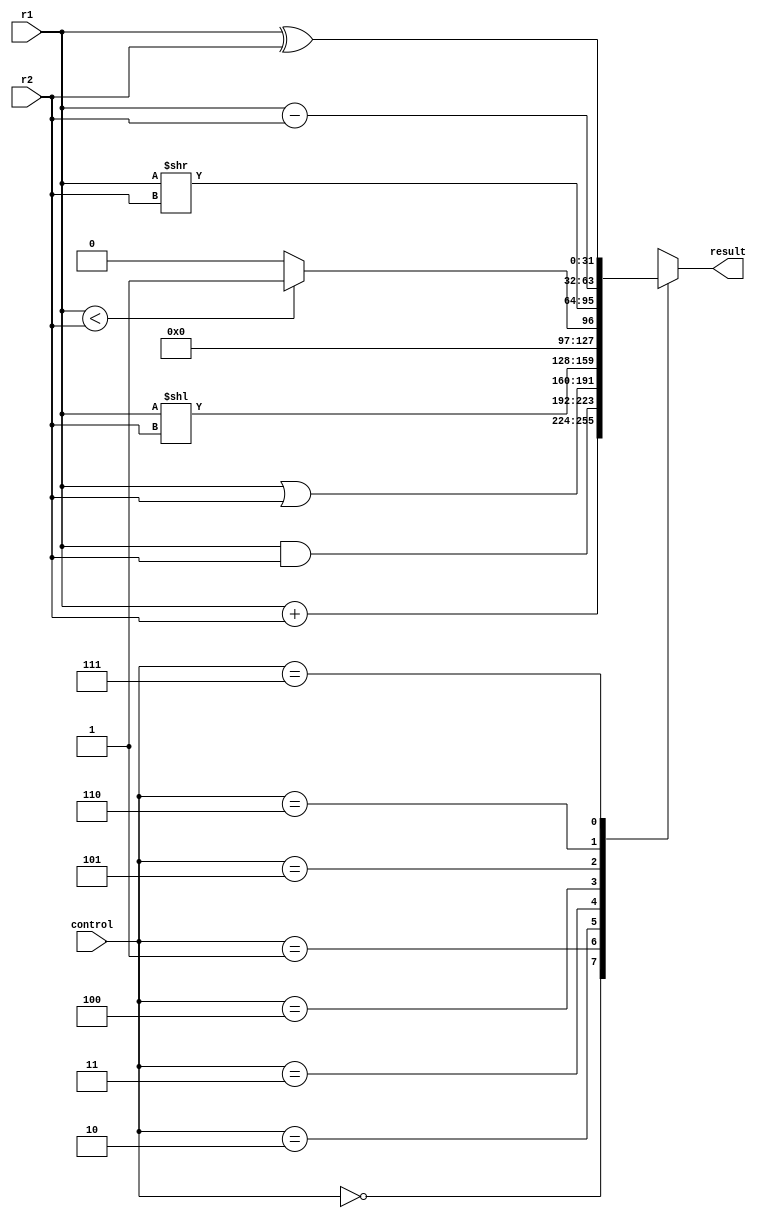

`timescale 1ns/100ps
module alu (
	input [31:0] r1,
	input [31:0] r2,
	input [2:0] control,
	output [31:0] result
);

integer in1, in2, out;

always @(*) 
	begin
		in1 = r1;
		in2 = r2;
		case(control)
			3'b000: out = in1 + in2; //ADD and ADDI also LB, LW, SB ,SW
			3'b001: out = in1 & in2; //AND and ANDI
			3'b010: out = in1 | in2; //OR and ORI
			3'b011: out = in1 << in2; //SLL, in1 shifted left by in2 amount
			3'b100: out = (in1 < in2) ? 1 : 0; //SLT and SLTI, set on less than, output is set to 1 if in1<in2 else 0
			3'b101: out = in1 >> in2; //SRL, in1 shifted right by in2 amount
			3'b110: out = in1 - in2; //SUB
			3'b111: out = in1 ^ in2; //XOR and XORI
// 			4'b1000: begin //BEQ, zero flag is 1 if branch is true i.e., if both inputs are equal
// 						if (in1 == in2) bcond_w = 1'b1;
// 						else bcond_w = 1'b0;
// 					  end
// 			4'b1001: begin //BNE, zero flag is 1 if branch is true i.e., if both inputs are not equal
// 						if (in1 != in2) bcond_w = 1'b1;
// 						else bcond_w = 1'b0;
// 					  end
// 			default: out = 0;
		endcase
	end
	assign result = out;
endmodule